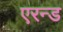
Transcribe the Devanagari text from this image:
एरन्ड